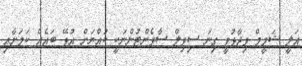
އަލީ ޝަމީމް ވިދާޅުވީ ގިނަ ސިވިލް ސާވެންޓުންނަކީ ކުއްޔަށް އުޅޭ ބައެއް ކަމަށާއި